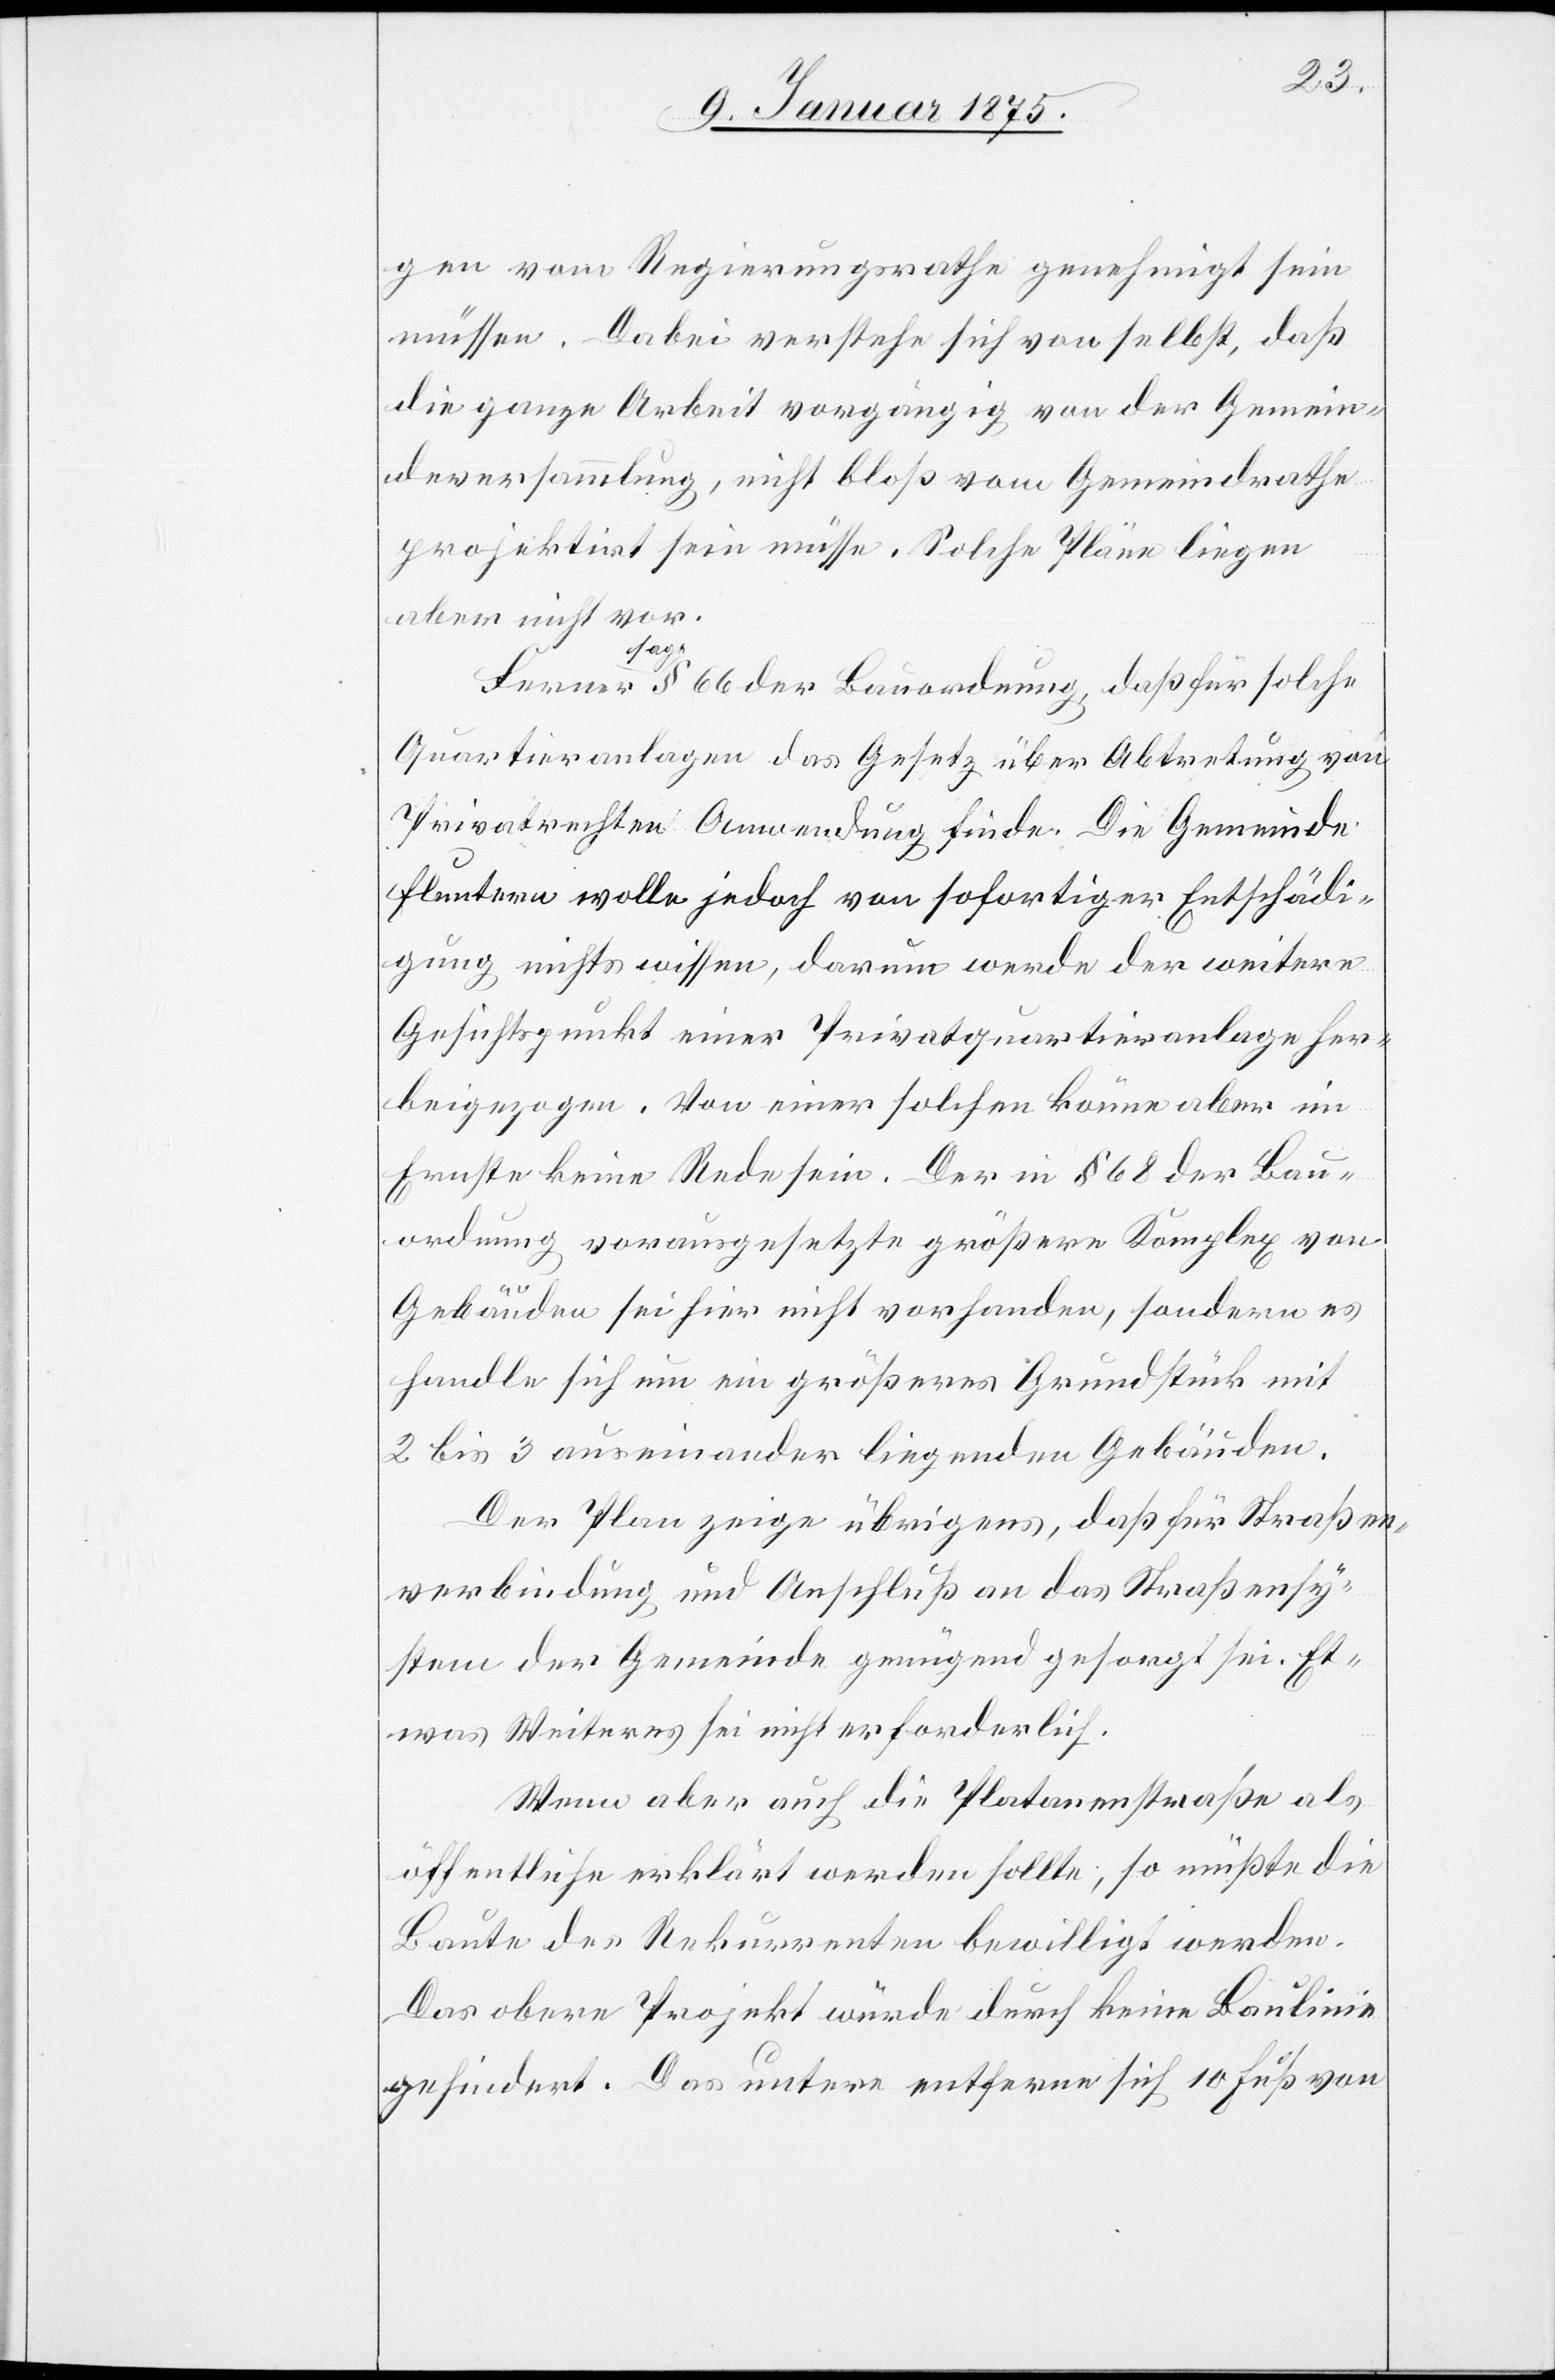
gen vom Regierungsrathe genehmigt sein
müssen. Dabei verstehe sich von selbst, daß
die ganze Arbeit vorgängig von der Gemein¬
deversammlung, nicht bloß vom Gemeindrathe
projektirt sein müsse. Solche Pläne liegen
aber nicht vor.
a-sag¬
e-a § 66 der Bauordnung, daß für solche
Quartieranlagen das Gesetz über Abtretung von
Privatrechten Anwendung finde. Die Gemeinde
Fluntern wolle jedoch von sofortiger Entschädi¬
gung nichts wissen, darum werde der weitere
Gesichtspunkt einer Privatquartieranlage her¬
beigezogen. Von einer solchen könne aber im
Ernste keine Rede sein. Der in § 68 der Bau¬
ordnung vorausgesetzte größere Komplex von
Gebäuden sei hier nicht vorhanden, sondern es
handle sich um ein größeres Grundstück mit
2 bis 3 auseinander liegenden Gebäuden.
Der Plan zeige übrigens, daß für Straßen¬
verbindung und Anschluß an das Straßensy¬
stem der Gemeinde genügend gesorgt sei. Et¬
was Weiteres sei nicht erforderlich.
Wenn aber auch die Platanenstraße als
öffentliche erklärt werden sollte; so müßte die
Baute des Rekurrenten bewilligt werden.
Das obere Projekt würde durch keine Baulinie
gehindert. Das untere entferne sich 10 Fuß von